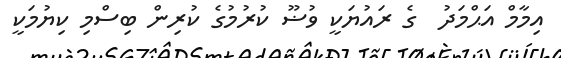
އިމާމް އަޙްމަދު  ގެ ރައުޔަކީ ވުޟޫ ކުރުމުގެ ކުރިން ބިސްމި ކިޔުމަކީ